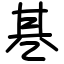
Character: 㐞